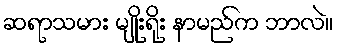
ဆရာသမား မျိုးရိုး နာမည်က ဘာလဲ။